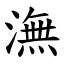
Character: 潕